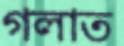
গলাত